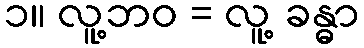
၁။ လူ့ဘဝ = လူ့ ခန္ဓာ